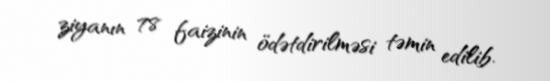
ziyanın 78 faizinin ödətdirilməsi təmin edilib.